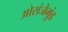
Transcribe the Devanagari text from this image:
ओरांजेमुंड